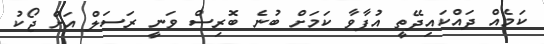
ކަމެއް ދައްކައިދޭތީ އުފާވާ ކަމަށް ބުނެ ބޮރިސް ވަނީ ރަސަލް އަށް ޖޯކު